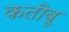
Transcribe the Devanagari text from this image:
कतीबू